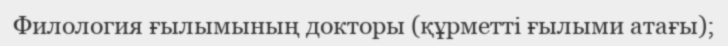
Филология ғылымының докторы (құрметті ғылыми атағы);